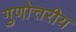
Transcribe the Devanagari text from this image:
गुणोत्तरीय